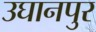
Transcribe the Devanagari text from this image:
उघानपुर